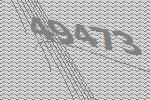
49473